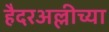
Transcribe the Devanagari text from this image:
हैदरअल्लीच्या